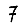
Digit: 7